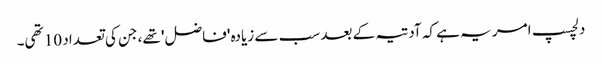
دلچسپ امر یہ ہے کہ آدتیہ کے بعد سب سے زیادہ 'فاضل' تھے، جن کی تعداد 10 تھی۔